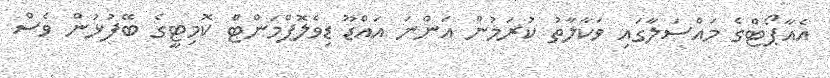
އެއާޕޯޓްގެ މައްސަލާގައި ވަކާލާތު ކުރަމުން އަންނަ އައްޑޫ ޑިވެލޮޕްމަންޓް ކޮމިޓީގެ ބޭފުޅުން ވެސް